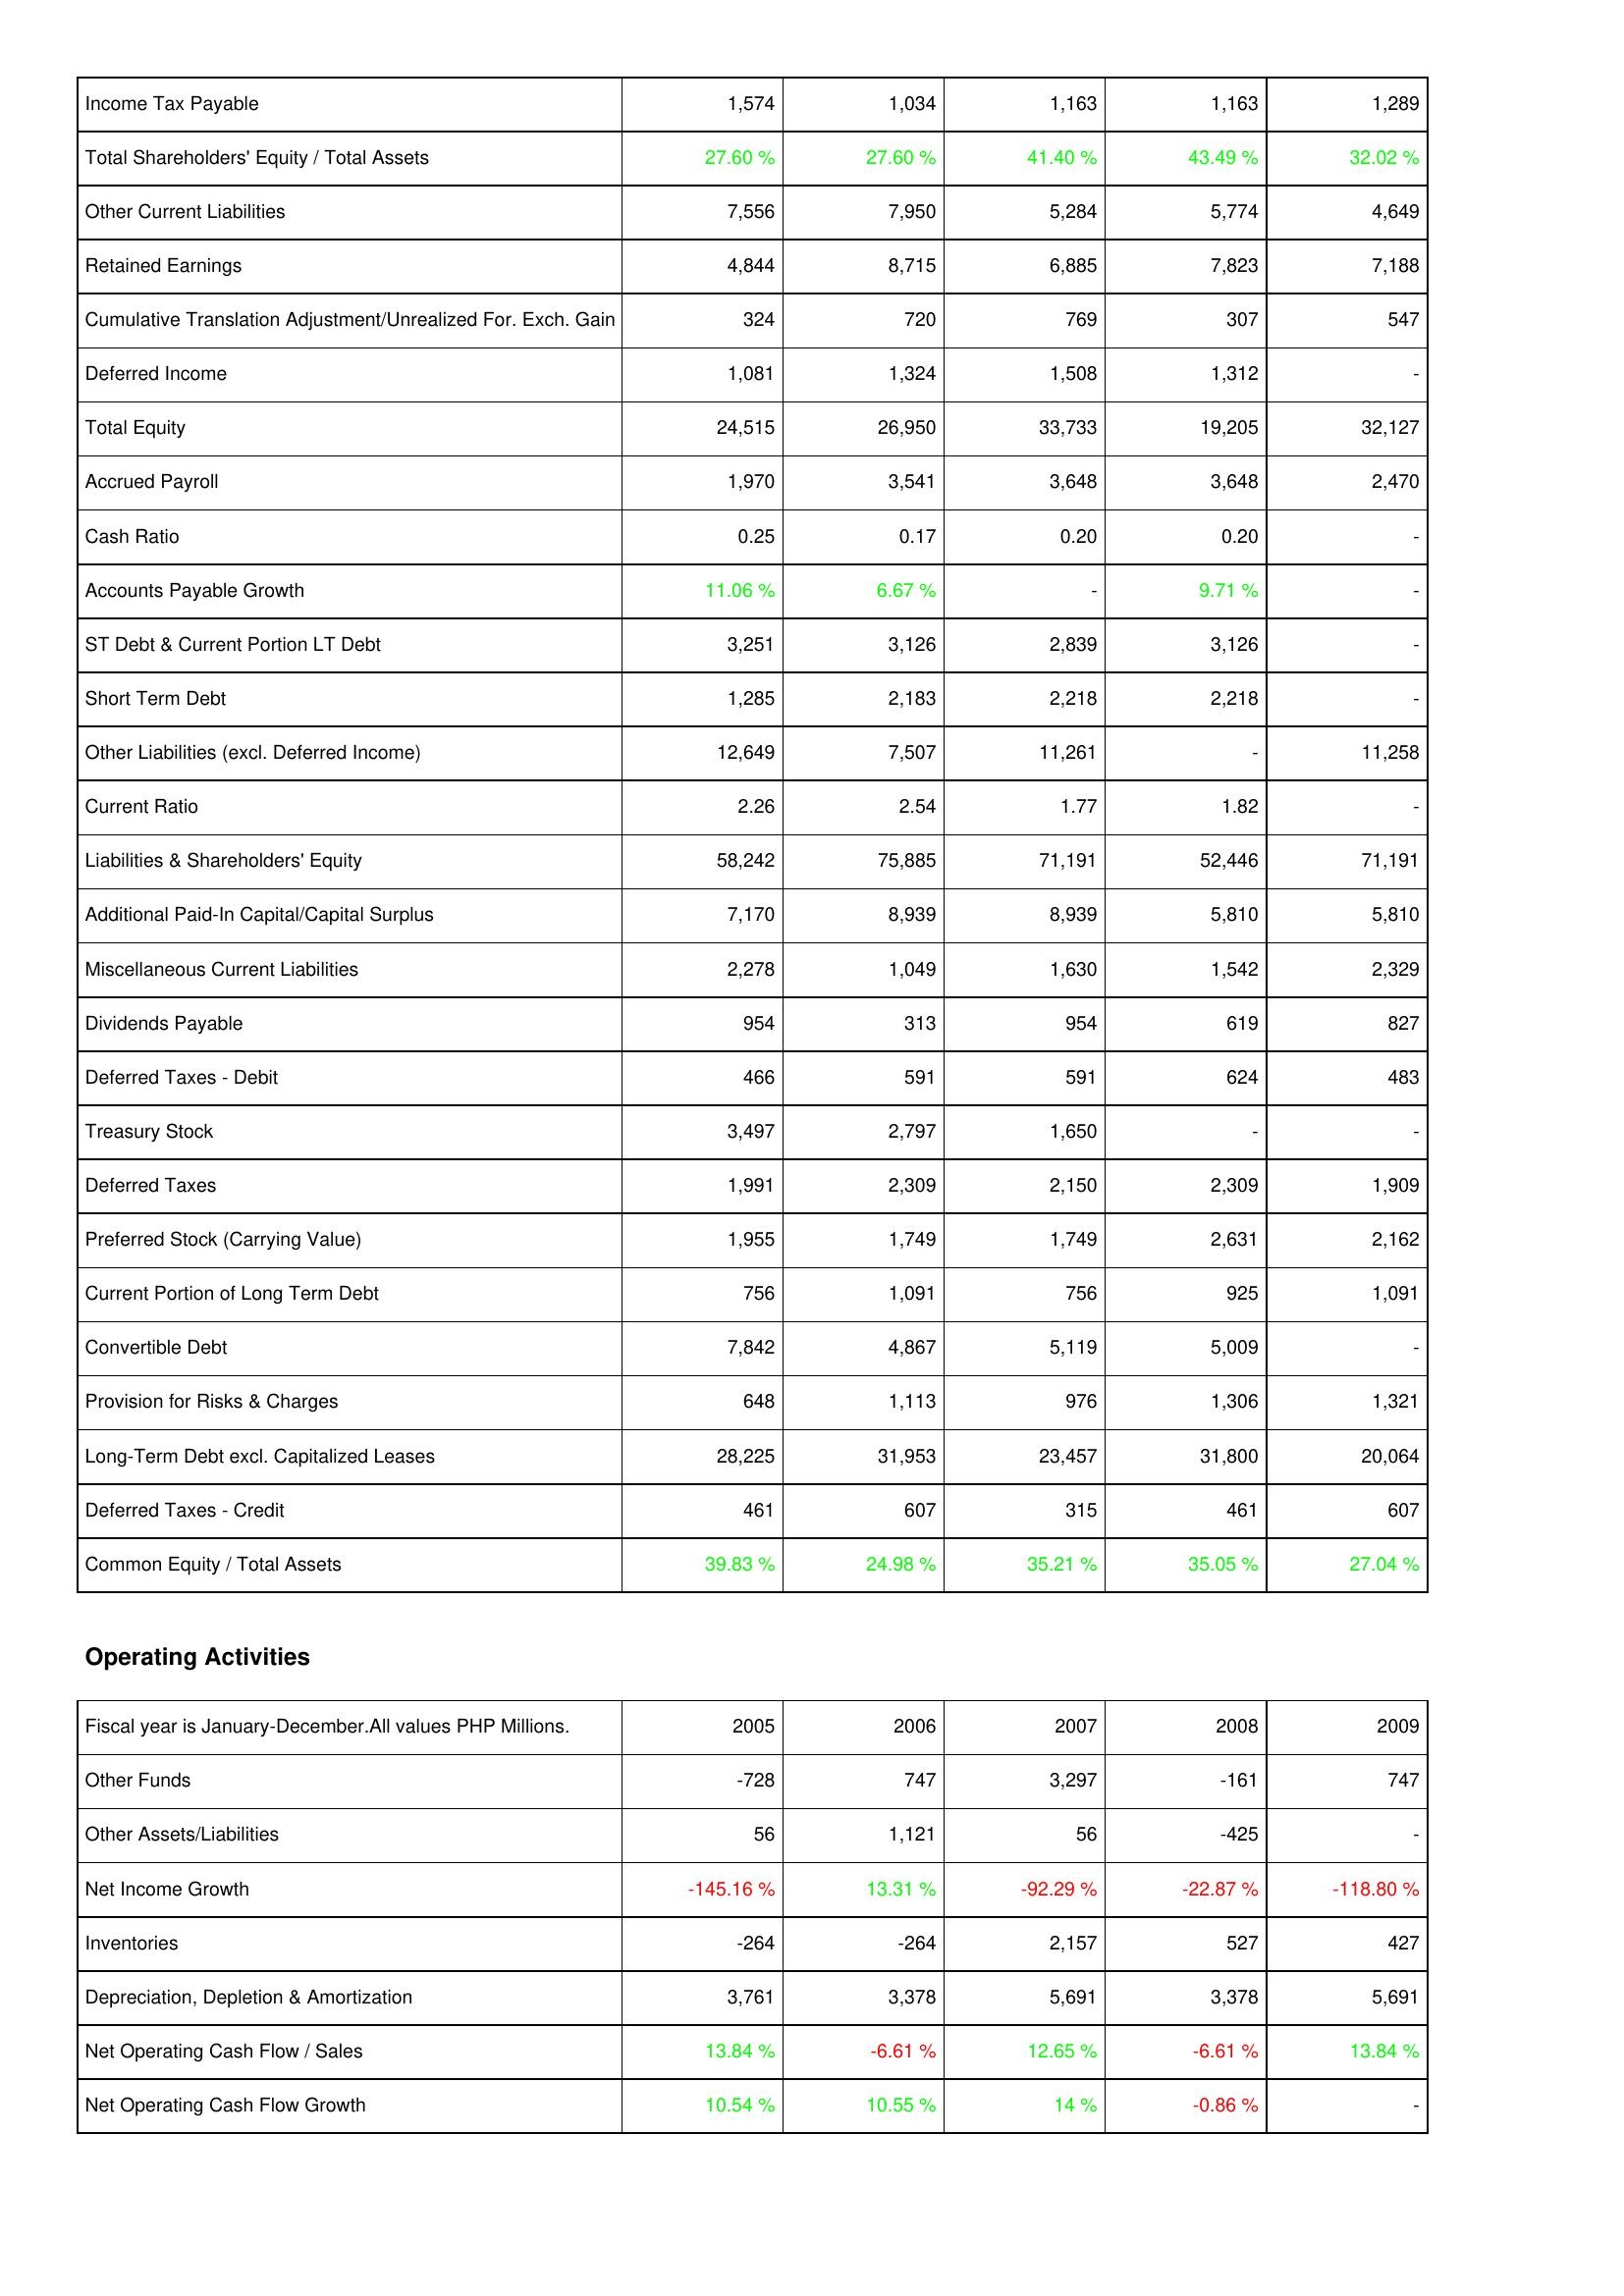
2005: Liabilities & Shareholders' Equity: Income Tax Payable: 1,574
Total Shareholders' Equity / Total Assets: 27.60 %
Other Current Liabilities: 7,556
Retained Earnings: 4,844
Cumulative Translation Adjustment/Unrealized For. Exch. Gain: 324
Deferred Income: 1,081
Total Equity: 24,515
Accrued Payroll: 1,970
Cash Ratio: 0.25
Accounts Payable Growth: 11.06 %
ST Debt & Current Portion LT Debt: 3,251
Short Term Debt: 1,285
Other Liabilities (excl. Deferred Income): 12,649
Current Ratio: 2.26
Liabilities & Shareholders' Equity: 58,242
Additional Paid-In Capital/Capital Surplus: 7,170
Miscellaneous Current Liabilities: 2,278
Dividends Payable: 954
Deferred Taxes - Debit: 466
Treasury Stock: 3,497
Deferred Taxes: 1,991
Preferred Stock (Carrying Value): 1,955
Current Portion of Long Term Debt: 756
Convertible Debt: 7,842
Provision for Risks & Charges: 648
Long-Term Debt excl. Capitalized Leases: 28,225
Deferred Taxes - Credit: 461
Common Equity / Total Assets: 39.83 %
Operating Activities: Other Funds: -728
Other Assets/Liabilities: 56
Net Income Growth: -145.16 %
Inventories: -264
Depreciation, Depletion & Amortization: 3,761
Net Operating Cash Flow / Sales: 13.84 %
Net Operating Cash Flow Growth: 10.54 %
2006: Liabilities & Shareholders' Equity: Income Tax Payable: 1,034
Total Shareholders' Equity / Total Assets: 27.60 %
Other Current Liabilities: 7,950
Retained Earnings: 8,715
Cumulative Translation Adjustment/Unrealized For. Exch. Gain: 720
Deferred Income: 1,324
Total Equity: 26,950
Accrued Payroll: 3,541
Cash Ratio: 0.17
Accounts Payable Growth: 6.67 %
ST Debt & Current Portion LT Debt: 3,126
Short Term Debt: 2,183
Other Liabilities (excl. Deferred Income): 7,507
Current Ratio: 2.54
Liabilities & Shareholders' Equity: 75,885
Additional Paid-In Capital/Capital Surplus: 8,939
Miscellaneous Current Liabilities: 1,049
Dividends Payable: 313
Deferred Taxes - Debit: 591
Treasury Stock: 2,797
Deferred Taxes: 2,309
Preferred Stock (Carrying Value): 1,749
Current Portion of Long Term Debt: 1,091
Convertible Debt: 4,867
Provision for Risks & Charges: 1,113
Long-Term Debt excl. Capitalized Leases: 31,953
Deferred Taxes - Credit: 607
Common Equity / Total Assets: 24.98 %
Operating Activities: Other Funds: 747
Other Assets/Liabilities: 1,121
Net Income Growth: 13.31 %
Inventories: -264
Depreciation, Depletion & Amortization: 3,378
Net Operating Cash Flow / Sales: -6.61 %
Net Operating Cash Flow Growth: 10.55 %
2007: Liabilities & Shareholders' Equity: Income Tax Payable: 1,163
Total Shareholders' Equity / Total Assets: 41.40 %
Other Current Liabilities: 5,284
Retained Earnings: 6,885
Cumulative Translation Adjustment/Unrealized For. Exch. Gain: 769
Deferred Income: 1,508
Total Equity: 33,733
Accrued Payroll: 3,648
Cash Ratio: 0.20
Accounts Payable Growth: -
ST Debt & Current Portion LT Debt: 2,839
Short Term Debt: 2,218
Other Liabilities (excl. Deferred Income): 11,261
Current Ratio: 1.77
Liabilities & Shareholders' Equity: 71,191
Additional Paid-In Capital/Capital Surplus: 8,939
Miscellaneous Current Liabilities: 1,630
Dividends Payable: 954
Deferred Taxes - Debit: 591
Treasury Stock: 1,650
Deferred Taxes: 2,150
Preferred Stock (Carrying Value): 1,749
Current Portion of Long Term Debt: 756
Convertible Debt: 5,119
Provision for Risks & Charges: 976
Long-Term Debt excl. Capitalized Leases: 23,457
Deferred Taxes - Credit: 315
Common Equity / Total Assets: 35.21 %
Operating Activities: Other Funds: 3,297
Other Assets/Liabilities: 56
Net Income Growth: -92.29 %
Inventories: 2,157
Depreciation, Depletion & Amortization: 5,691
Net Operating Cash Flow / Sales: 12.65 %
Net Operating Cash Flow Growth: 14 %
2008: Liabilities & Shareholders' Equity: Income Tax Payable: 1,163
Total Shareholders' Equity / Total Assets: 43.49 %
Other Current Liabilities: 5,774
Retained Earnings: 7,823
Cumulative Translation Adjustment/Unrealized For. Exch. Gain: 307
Deferred Income: 1,312
Total Equity: 19,205
Accrued Payroll: 3,648
Cash Ratio: 0.20
Accounts Payable Growth: 9.71 %
ST Debt & Current Portion LT Debt: 3,126
Short Term Debt: 2,218
Other Liabilities (excl. Deferred Income): -
Current Ratio: 1.82
Liabilities & Shareholders' Equity: 52,446
Additional Paid-In Capital/Capital Surplus: 5,810
Miscellaneous Current Liabilities: 1,542
Dividends Payable: 619
Deferred Taxes - Debit: 624
Treasury Stock: -
Deferred Taxes: 2,309
Preferred Stock (Carrying Value): 2,631
Current Portion of Long Term Debt: 925
Convertible Debt: 5,009
Provision for Risks & Charges: 1,306
Long-Term Debt excl. Capitalized Leases: 31,800
Deferred Taxes - Credit: 461
Common Equity / Total Assets: 35.05 %
Operating Activities: Other Funds: -161
Other Assets/Liabilities: -425
Net Income Growth: -22.87 %
Inventories: 527
Depreciation, Depletion & Amortization: 3,378
Net Operating Cash Flow / Sales: -6.61 %
Net Operating Cash Flow Growth: -0.86 %
2009: Liabilities & Shareholders' Equity: Income Tax Payable: 1,289
Total Shareholders' Equity / Total Assets: 32.02 %
Other Current Liabilities: 4,649
Retained Earnings: 7,188
Cumulative Translation Adjustment/Unrealized For. Exch. Gain: 547
Deferred Income: -
Total Equity: 32,127
Accrued Payroll: 2,470
Cash Ratio: -
Accounts Payable Growth: -
ST Debt & Current Portion LT Debt: -
Short Term Debt: -
Other Liabilities (excl. Deferred Income): 11,258
Current Ratio: -
Liabilities & Shareholders' Equity: 71,191
Additional Paid-In Capital/Capital Surplus: 5,810
Miscellaneous Current Liabilities: 2,329
Dividends Payable: 827
Deferred Taxes - Debit: 483
Treasury Stock: -
Deferred Taxes: 1,909
Preferred Stock (Carrying Value): 2,162
Current Portion of Long Term Debt: 1,091
Convertible Debt: -
Provision for Risks & Charges: 1,321
Long-Term Debt excl. Capitalized Leases: 20,064
Deferred Taxes - Credit: 607
Common Equity / Total Assets: 27.04 %
Operating Activities: Other Funds: 747
Other Assets/Liabilities: -
Net Income Growth: -118.80 %
Inventories: 427
Depreciation, Depletion & Amortization: 5,691
Net Operating Cash Flow / Sales: 13.84 %
Net Operating Cash Flow Growth: -